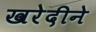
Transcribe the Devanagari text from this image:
खरेदीने